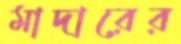
মাদারের